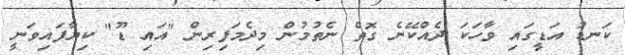
ކަނޑު އަޑީގައި ވާހަކަ ދެއްކޭނެ ގޮތް ނެތުމުން މިދެމަފިރިން "އައި ޑޫ" ކިޔާފައިވަނީ